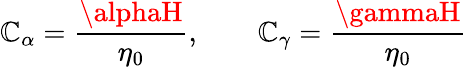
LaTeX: \mathbb{C}_{\alpha}=\frac{{\alphaH}}{{\eta_{0}}},\qquad\mathbb{C}_{\gamma}=\frac{{\gammaH}}{{\eta_{0}}}